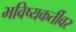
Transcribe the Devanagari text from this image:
भविष्यकर्तीवर